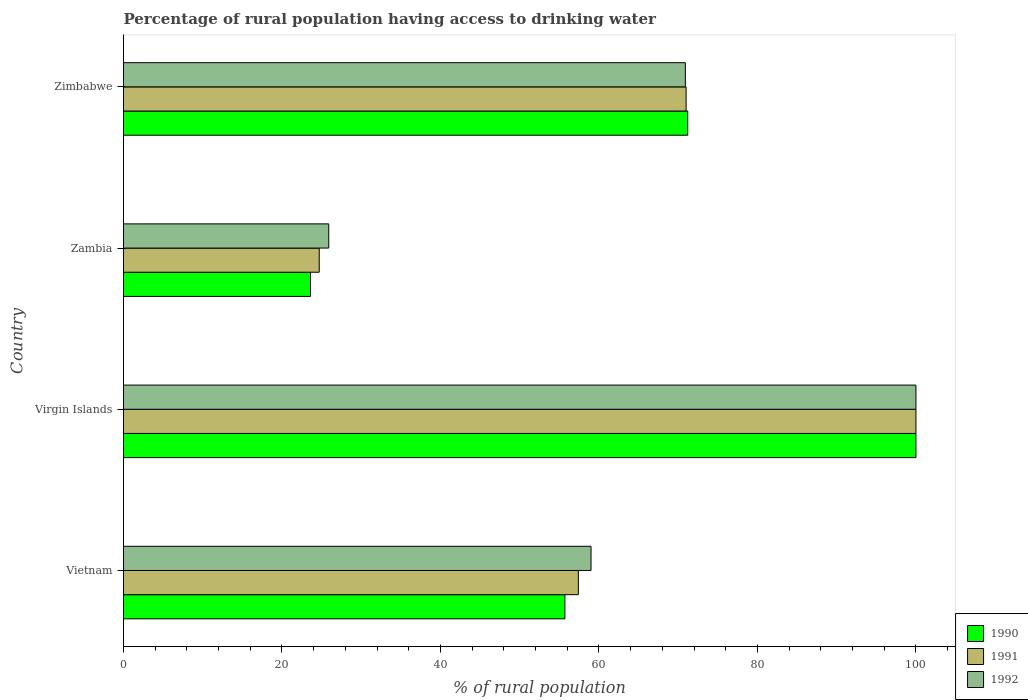
| Country | 1990 | 1991 | 1992 |
 | --- | --- | --- | --- |
 | Vietnam | 55.7 | 57.4 | 59 |
 | Virgin Islands | 100 | 100 | 100 |
 | Zambia | 23.6 | 24.7 | 25.9 |
 | Zimbabwe | 71.2 | 71 | 70.9 |